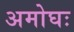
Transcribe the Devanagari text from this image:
अमोघः